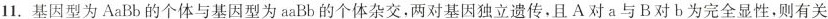
11.基因型为AaBb的个体与基因型为aaBb的个体杂交。两对基因独立遗传。且A对a与B对b为完全显性，则有关